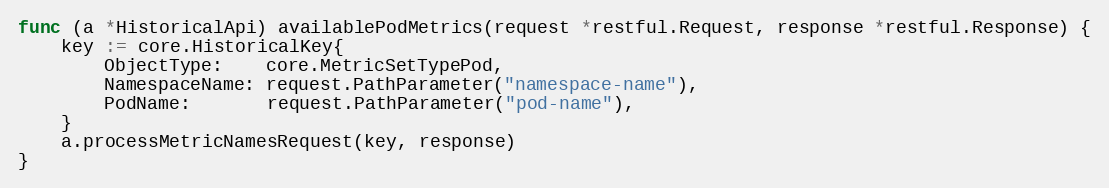
Language: Go
func (a *HistoricalApi) availablePodMetrics(request *restful.Request, response *restful.Response) {
	key := core.HistoricalKey{
		ObjectType:    core.MetricSetTypePod,
		NamespaceName: request.PathParameter("namespace-name"),
		PodName:       request.PathParameter("pod-name"),
	}
	a.processMetricNamesRequest(key, response)
}